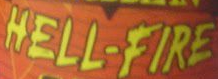
HELL-FIRE